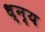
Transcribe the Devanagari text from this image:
ध्न्य